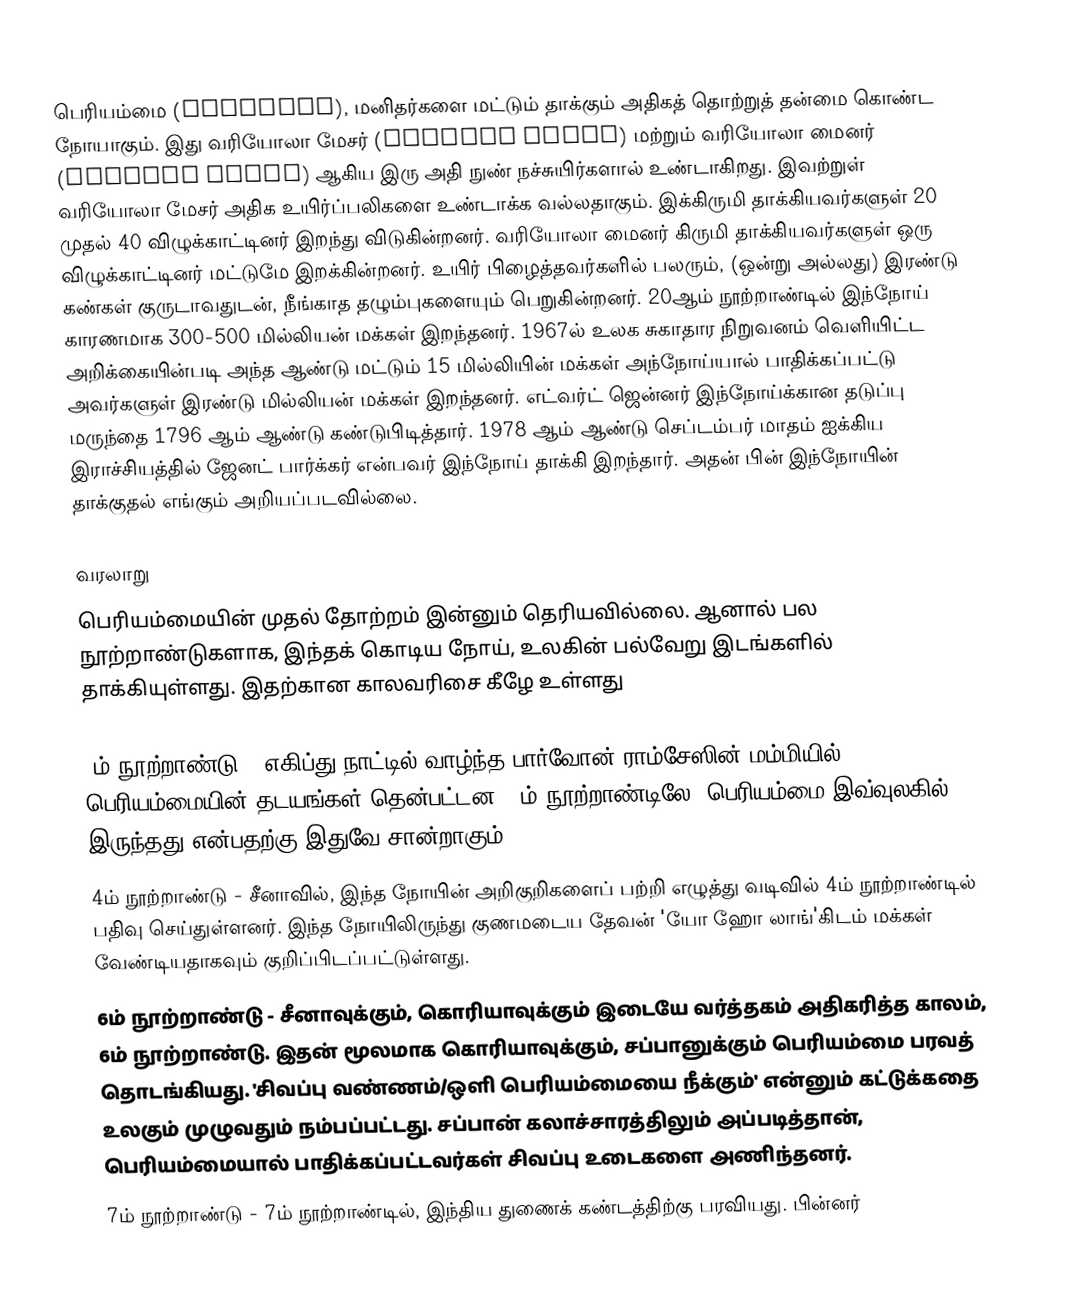
பெரியம்மை (smallpox), மனிதர்களை மட்டும் தாக்கும் அதிகத் தொற்றுத் தன்மை கொண்ட நோயாகும். இது வரியோலா மேசர் (Variola major) மற்றும் வரியோலா மைனர் (Variola minor) ஆகிய இரு அதி நுண் நச்சுயிர்களால் உண்டாகிறது. இவற்றுள் வரியோலா மேசர் அதிக உயிர்ப்பலிகளை உண்டாக்க வல்லதாகும். இக்கிருமி தாக்கியவர்களுள் 20 முதல் 40 விழுக்காட்டினர் இறந்து விடுகின்றனர். வரியோலா மைனர் கிருமி தாக்கியவர்களுள் ஒரு விழுக்காட்டினர் மட்டுமே இறக்கின்றனர். உயிர் பிழைத்தவர்களில் பலரும், (ஒன்று அல்லது) இரண்டு கண்கள் குருடாவதுடன், நீங்காத தழும்புகளையும் பெறுகின்றனர். 20ஆம் நூற்றாண்டில் இந்நோய் காரணமாக 300-500 மில்லியன் மக்கள் இறந்தனர். 1967ல் உலக சுகாதார நிறுவனம் வெளியிட்ட அறிக்கையின்படி அந்த ஆண்டு மட்டும் 15 மில்லியின் மக்கள் அந்நோய்யால் பாதிக்கப்பட்டு அவர்களுள் இரண்டு மில்லியன் மக்கள் இறந்தனர். எட்வர்ட் ஜென்னர் இந்நோய்க்கான தடுப்பு மருந்தை 1796 ஆம் ஆண்டு கண்டுபிடித்தார். 1978 ஆம் ஆண்டு செப்டம்பர் மாதம் ஐக்கிய இராச்சியத்தில் ஜேனட் பார்க்கர் என்பவர் இந்நோய் தாக்கி இறந்தார். அதன் பின் இந்நோயின் தாக்குதல் எங்கும் அறியப்படவில்லை.

வரலாறு
பெரியம்மையின் முதல் தோற்றம் இன்னும் தெரியவில்லை. ஆனால் பல நூற்றாண்டுகளாக, இந்தக் கொடிய நோய், உலகின் பல்வேறு இடங்களில் தாக்கியுள்ளது. இதற்கான காலவரிசை கீழே உள்ளது

 3ம் நூற்றாண்டு - எகிப்து நாட்டில் வாழ்ந்த பார்வோன் ராம்சேஸின் மம்மியில், பெரியம்மையின் தடயங்கள் தென்பட்டன. 3ம் நூற்றாண்டிலே, பெரியம்மை இவ்வுலகில் இருந்தது என்பதற்கு இதுவே சான்றாகும்.
 4ம் நூற்றாண்டு - சீனாவில், இந்த நோயின் அறிகுறிகளைப் பற்றி எழுத்து வடிவில் 4ம் நூற்றாண்டில் பதிவு செய்துள்ளனர். இந்த நோயிலிருந்து குணமடைய தேவன் 'யோ ஹோ லாங்'கிடம் மக்கள் வேண்டியதாகவும் குறிப்பிடப்பட்டுள்ளது.
 6ம் நூற்றாண்டு - சீனாவுக்கும், கொரியாவுக்கும் இடையே வர்த்தகம் அதிகரித்த காலம், 6ம் நூற்றாண்டு. இதன் மூலமாக கொரியாவுக்கும், சப்பானுக்கும் பெரியம்மை பரவத் தொடங்கியது. 'சிவப்பு வண்ணம்/ஒளி பெரியம்மையை நீக்கும்' என்னும் கட்டுக்கதை உலகும் முழுவதும் நம்பப்பட்டது. சப்பான் கலாச்சாரத்திலும் அப்படித்தான், பெரியம்மையால் பாதிக்கப்பட்டவர்கள் சிவப்பு உடைகளை அணிந்தனர்.
 7ம் நூற்றாண்டு - 7ம் நூற்றாண்டில், இந்திய துணைக் கண்டத்திற்கு பரவியது. பின்னர்